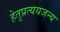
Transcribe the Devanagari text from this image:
हेतुप्रत्ययजन्य